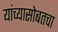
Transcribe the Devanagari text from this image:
यांच्यासोबतचा